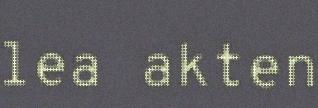
lea akten